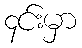
၄င်းမှာ